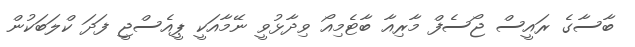
ބާސާގެ ރައީސް ޖޯސެފް މާރިއާ ބާޓެމިއޯ ވިދާޅުވީ ނޭމާއަކީ ޕީއެސްޖީ ފަދަ ކްލަބަކުން